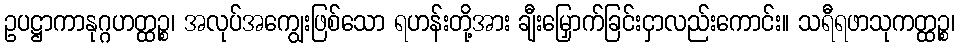
ဥပဋ္ဌာကာနုဂ္ဂဟတ္ထဉ္စ၊ အလုပ်အကျွေးဖြစ်သော ရဟန်းတို့အား ချီးမြှောက်ခြင်းငှာလည်းကောင်း။ သရီရဖာသုကတ္ထဉ္စ၊